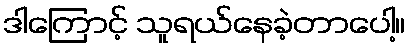
ဒါကြောင့် သူရယ်နေခဲ့တာပေါ့။